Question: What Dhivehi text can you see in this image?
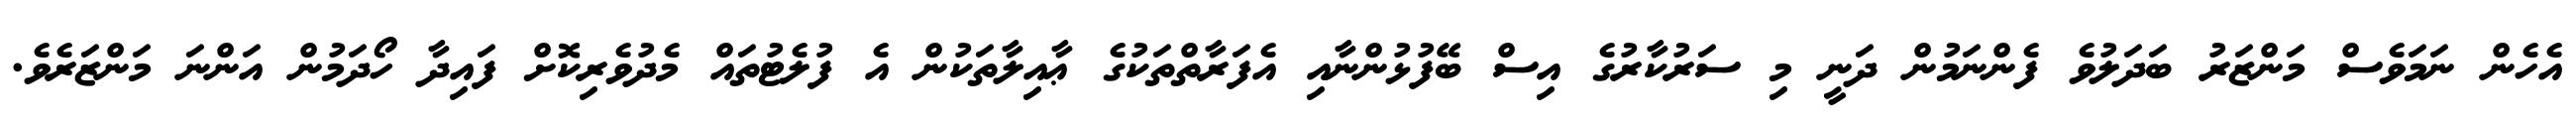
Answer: އެހެން ނަމަވެސް މަންޒަރު ބަދަލުވެ ފެންނަމުން ދަނީ މި ސަރުކާރުގެ އިސް ބޭފުޅުންނާއި އެފަރާތްތަކުގެ ޢާއިލާތަކުން އެ ފުލެޓުތައް މެދުވެރިކޮށް ފައިދާ ހޯދަމުން އަންނަ މަންޒަރެވެ.